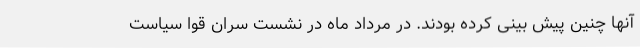
آنها چنین پیش بینی کرده بودند. در مرداد ماه در نشست سران قوا سیاست